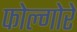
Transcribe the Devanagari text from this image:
फोल्गोरे